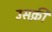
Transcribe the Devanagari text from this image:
उसक़ी